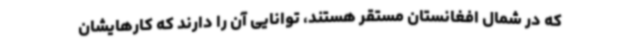
که در شمال افغانستان مستقر هستند، توانایی آن را دارند که کارهایشان